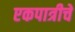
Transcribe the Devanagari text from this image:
एकपात्रीचे